65_HS1-834228961_62-HQ-83894_Section_1
Agency: FBI
Page 132
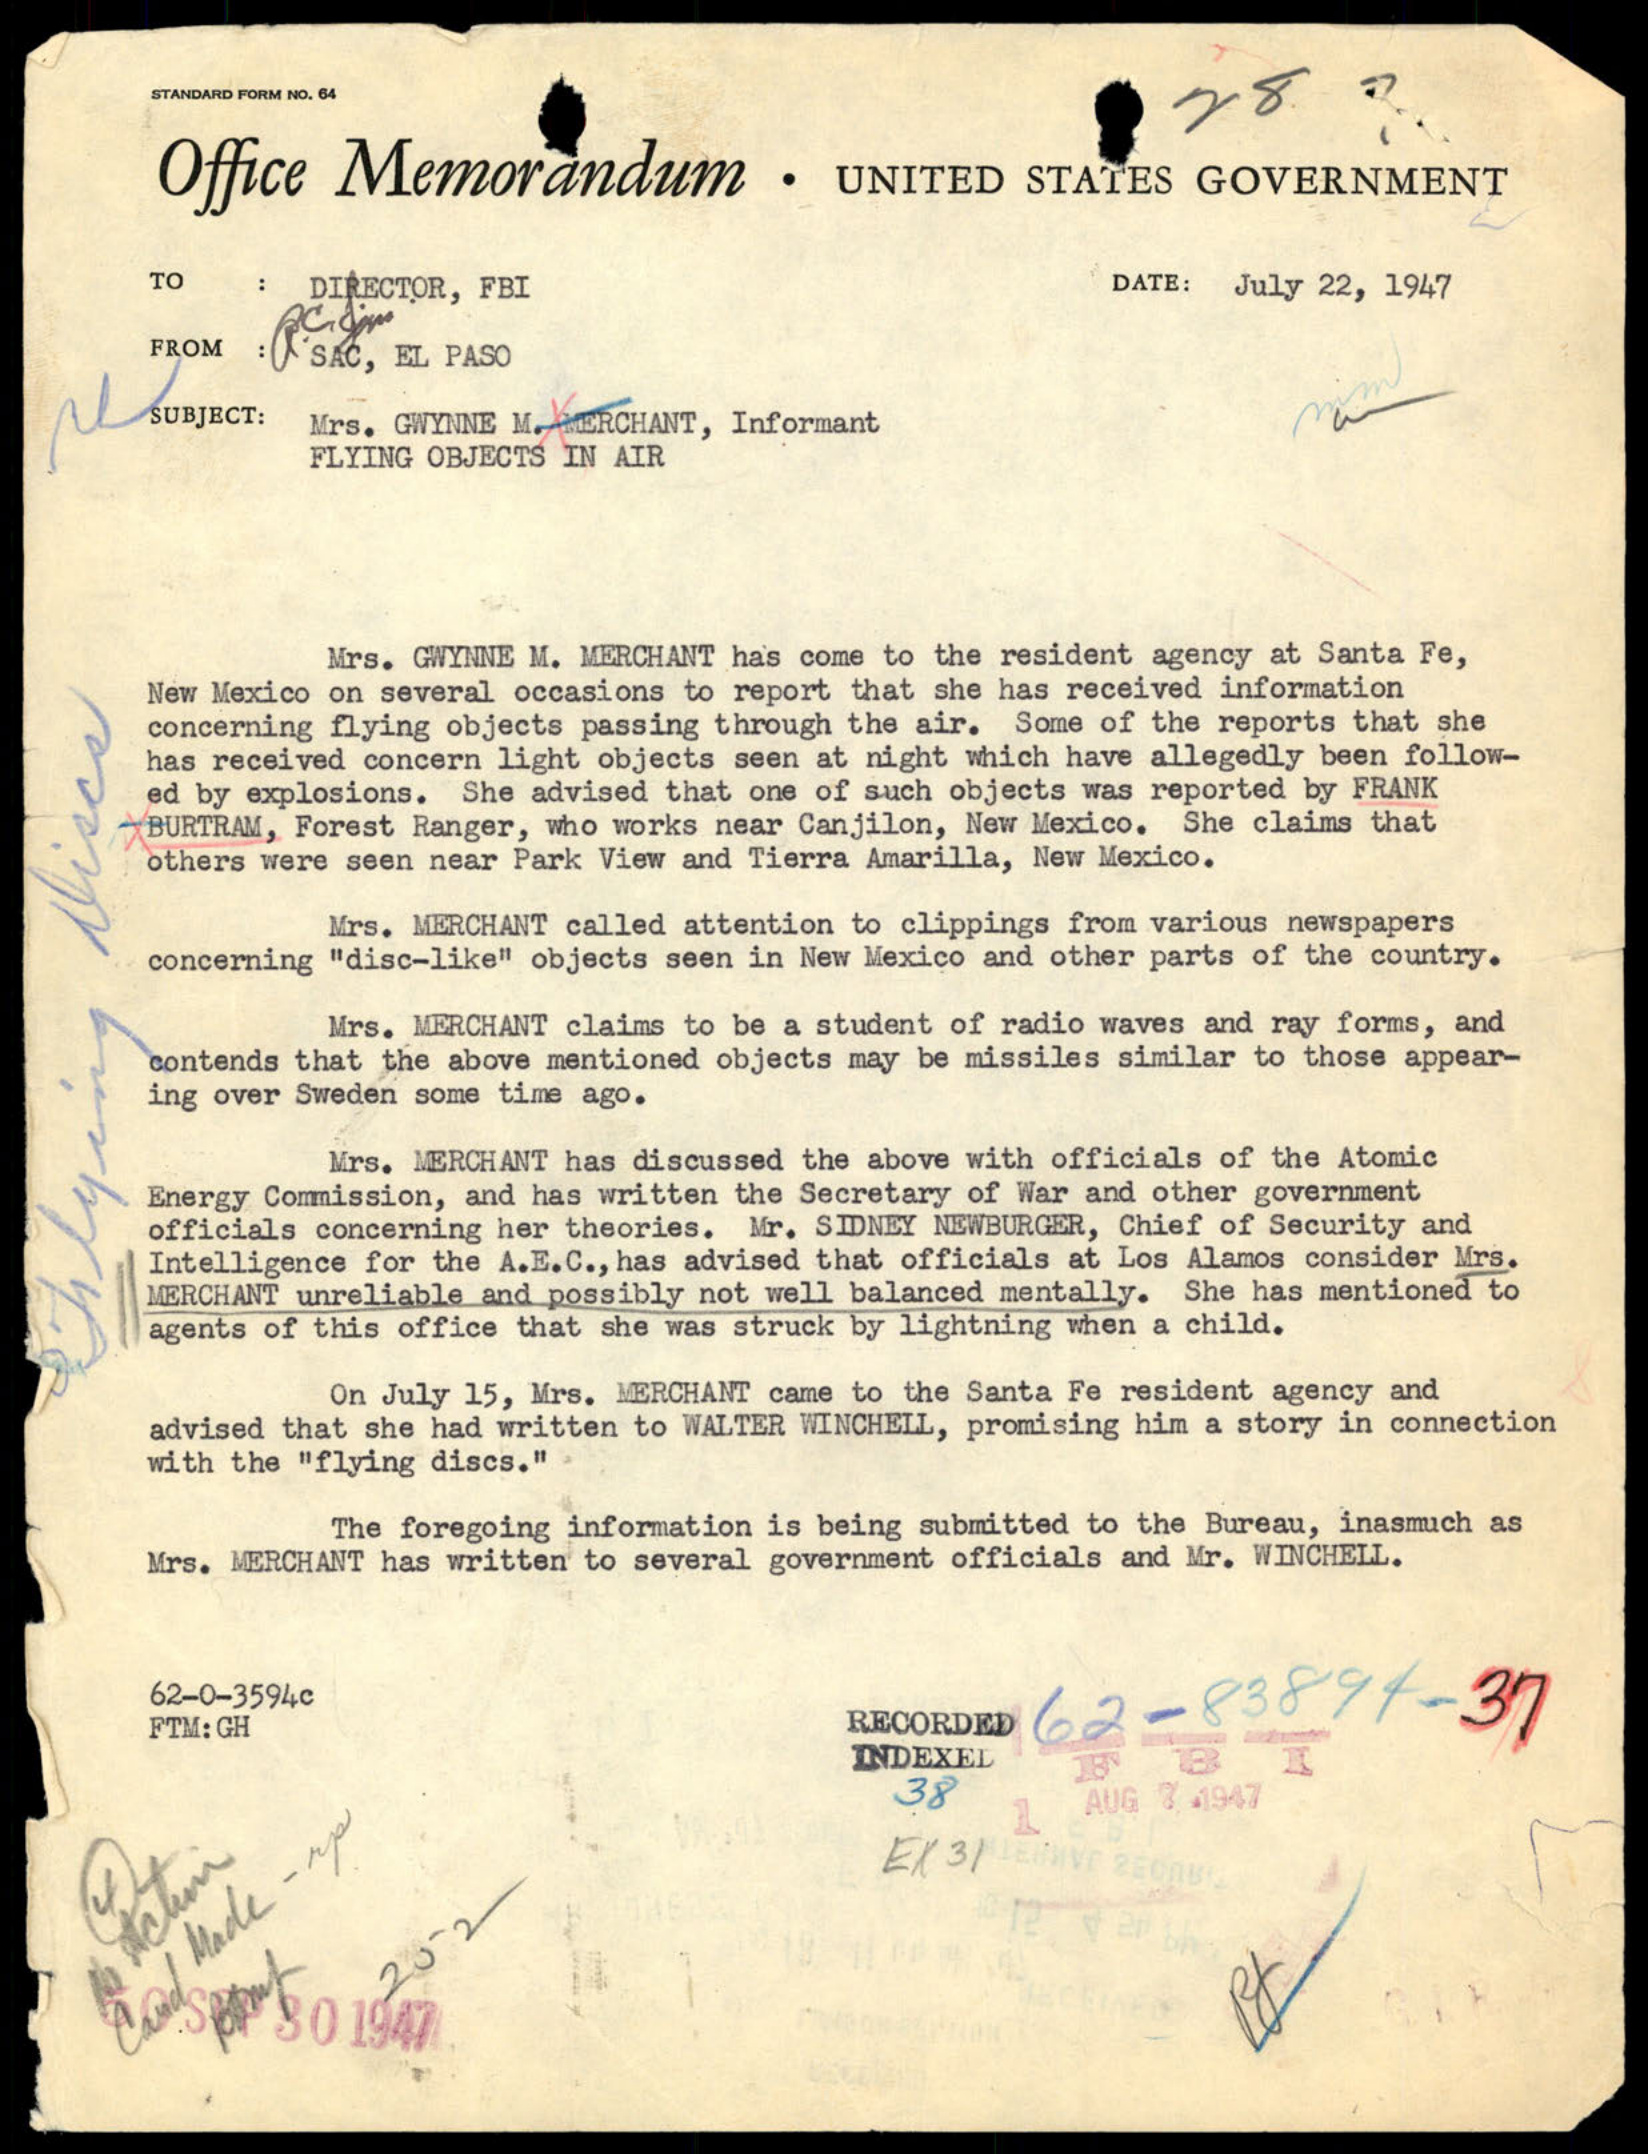